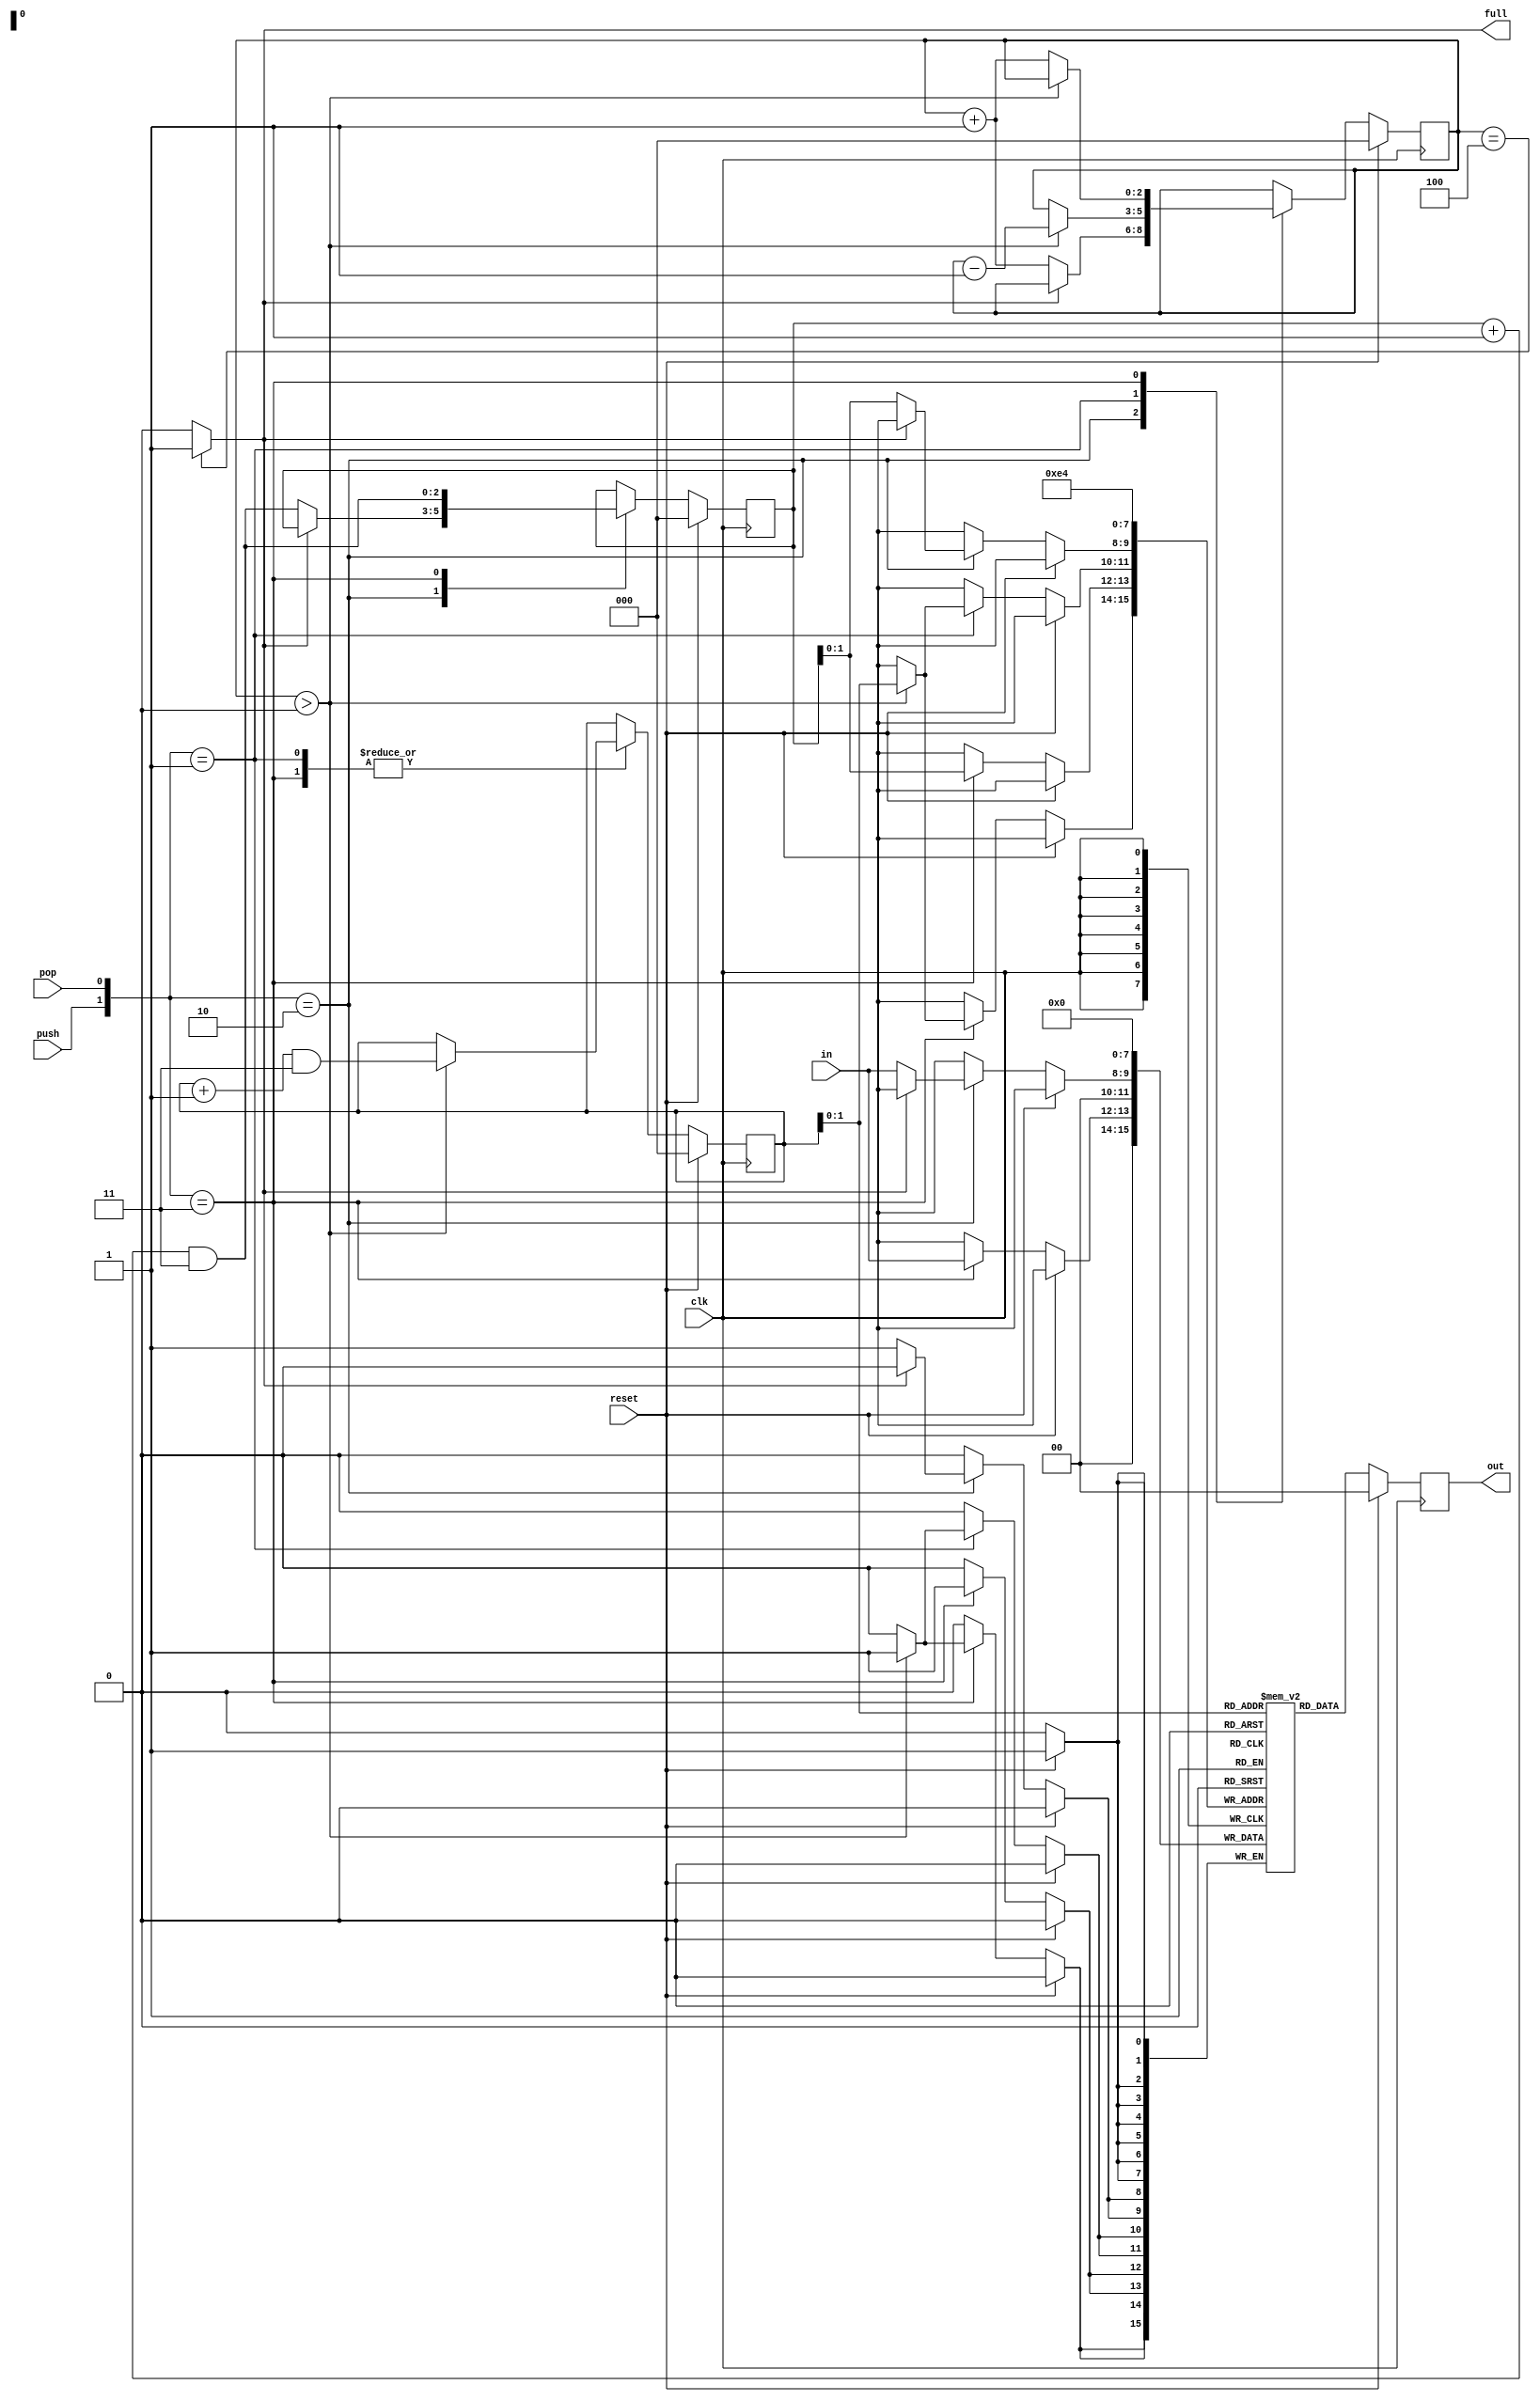
module fifo(clk, reset, in, push, pop, out, full);
	parameter N=4; // determines the maximum number of words in queue.
	parameter M=2; // determines the bit-width of each word, stored in the queue.

	input clk, reset, push, pop;
	input [M-1:0] in;
	output reg [M-1:0] out;
	output full;
	
	reg [M-1:0] DATA[N-1:0];
	reg [$clog2(N):0] head = 0;
	reg [$clog2(N):0] tail = 0;
	reg [$clog2(N):0] n = 0;
	
	integer i;

   
	always @(posedge clk) begin
		// reset set everything to zero
		if (reset) begin
			head <= 'b0;
			tail <= 'b0;
			n <= 'b0;
			out <= 'b0;
			
			for (i=0; i<N; i=i+1) begin
				DATA[i] <= 'b0;
			end
		end
		else begin
			out <= DATA[tail];
		
			case ({push, pop})
				// push
				2'b10: begin
					// allow only if not full
					if (~full) begin
						DATA[head] <= in;
						head <= (head + 1) & (N-1);	// cyclic pointer
						n <= n + 1;
					end
				end
				// pop
				2'b01: begin
					// allow only if not empty
					if (n > 0) begin
						DATA[tail] <= 'b0;
						tail <= (tail + 1) & (N-1);	// cyclic pointer
						n <= n - 1;
					end
				end
				// push & pop
				2'b11: begin
					DATA[head] <= in;
					head <= (head + 1) & (N-1);	// cyclic pointer
					//out <= DATA[tail];
					if (n > 0) begin	// do pop
						DATA[tail] <= 'b0;
						tail <= (tail + 1) & (N-1);	// cyclic pointer
					end
					else begin	// don't do pop
						n <= n + 1;
					end
				end
			
			endcase
		end
		   
	end
	
	assign full = (n == N) ? 1 : 0; 
   
endmodule